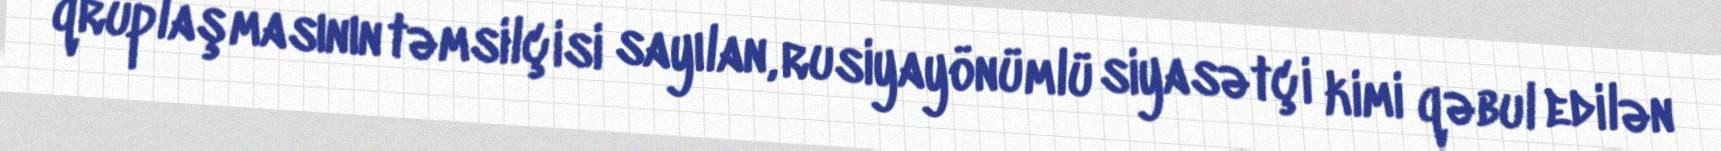
qruplaşmasının təmsilçisi sayılan, rusiyayönümlü siyasətçi kimi qəbul edilən